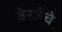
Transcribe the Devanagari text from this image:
बेरजेचे